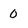
Character: 0